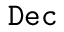
\mathtt { D e c }